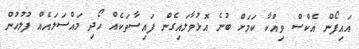
އައިފޯން އެކްސް ވިއްކާ ކަމަށް ބުނެ އޮޅުވާލައިގެން ފައިސާތަކެއް ހޯދި މައްސަލައެއް ފުލުހުން